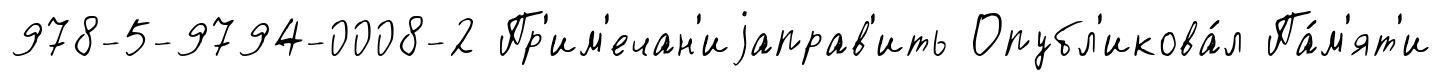
978-5-9794-0008-2 Пр'им'ечан'иjаправ'ить Опубл'икова́л Па́м'ят'и